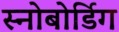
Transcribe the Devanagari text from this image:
स्नोबोर्डिग